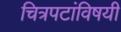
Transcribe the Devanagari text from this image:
चित्रपटांविषयी